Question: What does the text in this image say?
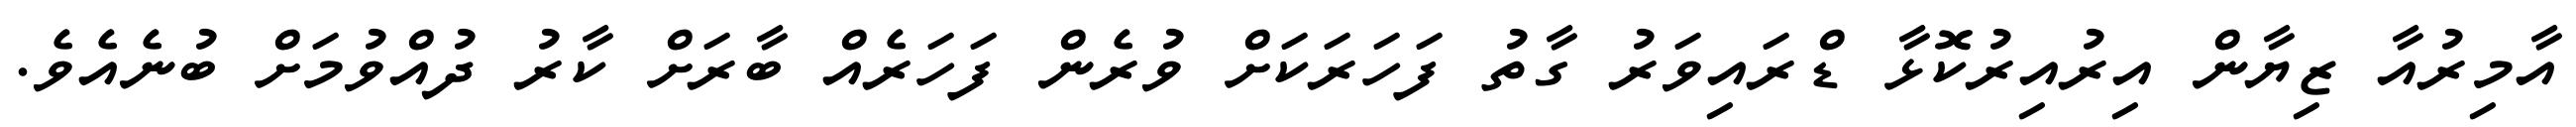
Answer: އާމިރުއާ ޒިޔާން އިރުއިރުކޮޅާ ޑްރައިވަރު ގާތު ފަހަރަކަށް ވުރެން ފަހަރެއް ބާރަށް ކާރު ދުއްވުމަށް ބުނެއެވެ.